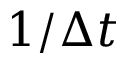
1 / \Delta t